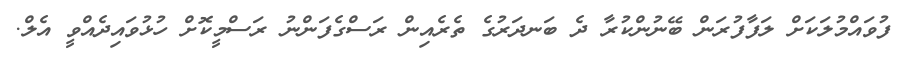
ފުވައްމުލަކަށް ލަފާފުރަން ބޭނުންކުރާ ދެ ބަނދަރުގެ ތެރެއިން ރަސްގެފަންނު ރަސްމީކޮށް ހުޅުވައިދެއްވީ އެލް.